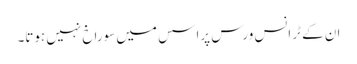
ان کے ٹرانس ورس پراسس میں سوراخ نہیں ہوتا۔